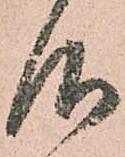
仰